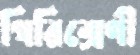
গিরিশ্রেণী